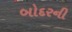
બોદરની